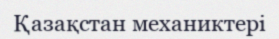
Қазақстан механиктері